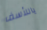
ياللأسف